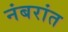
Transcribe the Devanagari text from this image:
नंबरांत